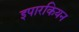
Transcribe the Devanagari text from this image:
इपारकियन